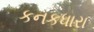
કનકધારા